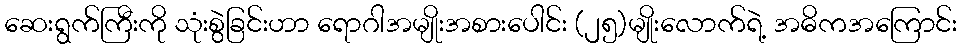
ဆေးရွက်ကြီးကို သုံးစွဲခြင်းဟာ ရောဂါအမျိုးအစားပေါင်း (၂၅)မျိုးလောက်ရဲ့ အဓိကအကြောင်း